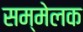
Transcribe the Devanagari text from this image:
सम्मेलक